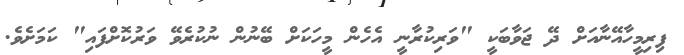
ފިރިމީހާއޭނާއަށް ދޭ ޖަވާބަކީ "ވަރިކުރާނީ އެހެން މީހަކަށް ބޭނުން ނުކުރެވޭ ވަރުކޮށްފައި" ކަމަށެވެ.